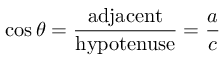
\cos \theta = { \frac { \mathrm { a d j a c e n t } } { \mathrm { h y p o t e n u s e } } } = { \frac { a } { c } }